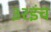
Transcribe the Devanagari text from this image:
३२इंच